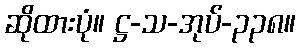
ဆိုထားပုံ။ ဋ္ဌ-သ-အုပ်-၃၃၈။